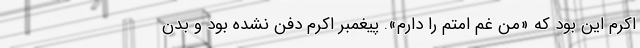
اکرم این بود که «من غم امتم را دارم». پیغمبر اکرم دفن نشده بود و بدن